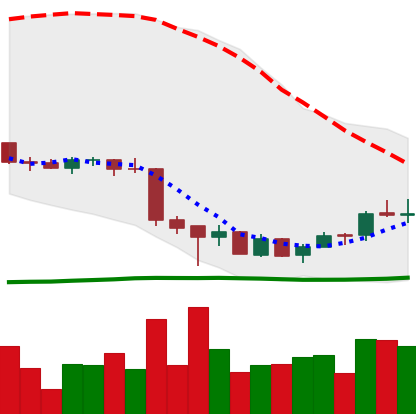
Ticker: EOS-USD
Chart end date: 2018-07-04
Forward return: -12.827%
Label: down_7plus